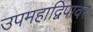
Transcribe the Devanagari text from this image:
उपमहाद्विपावर